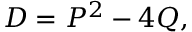
D = P ^ { 2 } - 4 Q ,